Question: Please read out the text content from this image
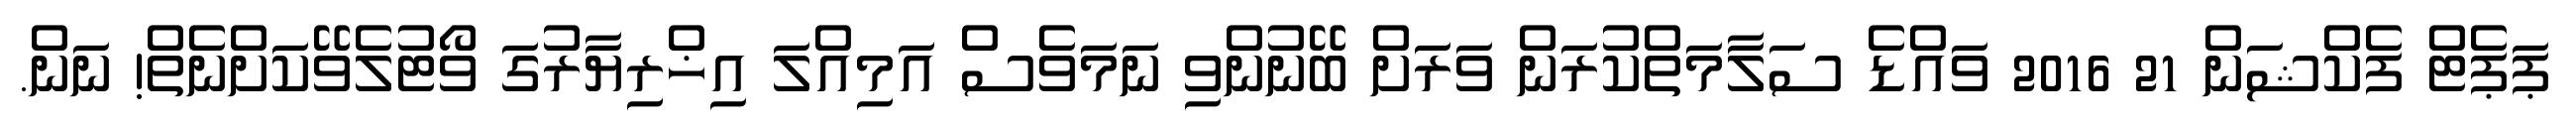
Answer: ޕަޕެޓް ފެކްޝަން 21 2016 ވައްޑެ ސަލާމަތްކުރަން ވަރަށް ބޭނުންވި ނަމަވެސް އަމިއްލަ އިޚްރިޔާރުގަ ވޯޓުލެވޭކަށްނެތް! ނަން.